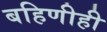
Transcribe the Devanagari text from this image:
बहिणीही